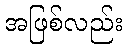
အဖြစ်လည်း